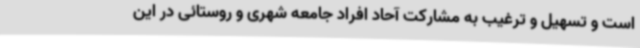
است و تسهیل و ترغیب به مشارکت آحاد افراد جامعه شهری و روستائی در این